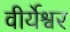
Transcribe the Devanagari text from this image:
वीर्येश्वर